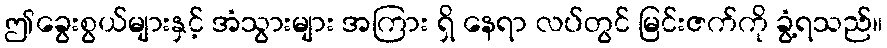
ဤခွေးစွယ်များနှင့် အံသွားများ အကြား ရှိ နေရာ လပ်တွင် မြင်းဇက်ကို ခွံ့ရသည်။